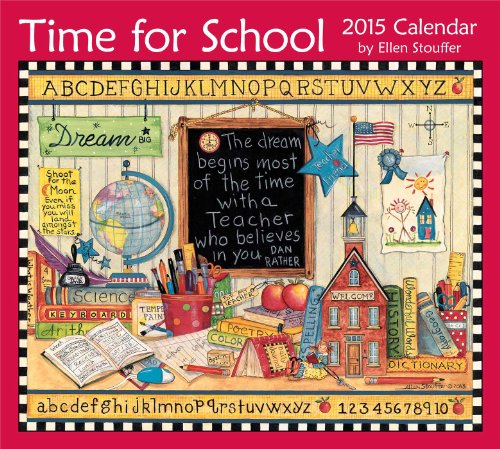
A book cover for Time for School 2015 Deluxe Wall Calendar; Ellen Stouffer; Calendars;